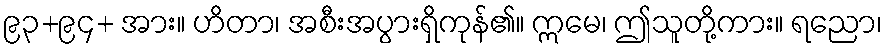
၉၃+၉၄+ အား။ ဟိတာ၊ အစီးအပွားရှိကုန်၏။ ဣမေ၊ ဤသူတို့ကား။ ရညော၊